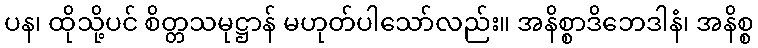
ပန၊ ထိုသို့ပင် စိတ္တသမုဋ္ဌာန် မဟုတ်ပါသော်လည်း။ အနိစ္စာဒိဘေဒါနံ၊ အနိစ္စ